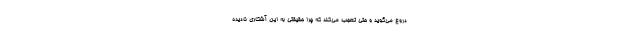
دروغ می‌گوید و حتی تعجب می‌کند که چرا حقیقتی به این آشکاری نادیده